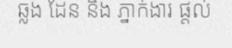
ឆ្លង ដែន និង ភ្នាក់ងារ ផ្តល់